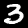
Label: 3